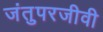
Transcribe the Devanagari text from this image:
जंतुपरजीवी